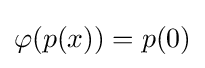
\varphi (p(x))=p(0)